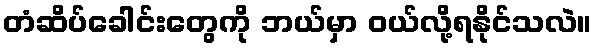
တံဆိပ်ခေါင်းတွေကို ဘယ်မှာ ဝယ်လို့ရနိုင်သလဲ။